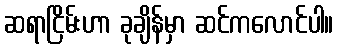
ဆရာငြိမ်းဟာ ခုချိန်မှာ ဆင်ကလောင်ပါ။